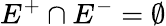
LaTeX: E^{+}\cap E^{-}=\emptyset